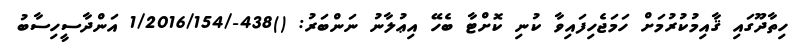
ހިތާދޫގައި ޤާއިމުކުރުމަށް ހަމަޖެހިފައިވާ ކުނި ކޮށްޓާ ބެހޭ އިޢުލާނު ނަންބަރު: ()438-/1/2016/154 އަންދާސީހިސާބު